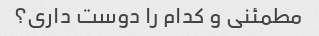
مطمئنی و کدام را دوست داری؟